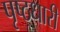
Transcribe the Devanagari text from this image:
पृष्ठधारी